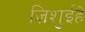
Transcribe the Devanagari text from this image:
ज़िशुईहे